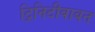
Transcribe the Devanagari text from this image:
ट्रिनिटीबाबत